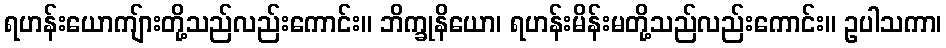
ရဟန်းယောကျ်ားတို့သည်လည်းကောင်း။ ဘိက္ခုနိယော၊ ရဟန်းမိန်းမတို့သည်လည်းကောင်း။ ဥပါသကာ၊